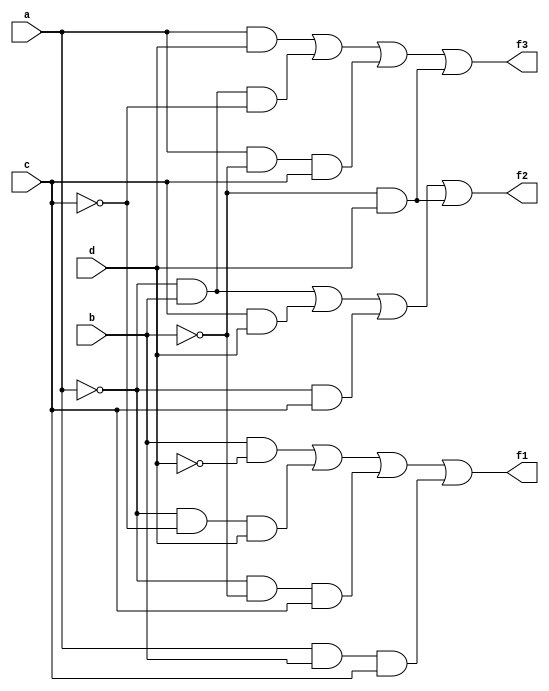
module pal(input a,b,c,d,output reg f1,f2,f3);
reg w1,w2,w3,w4,w5,w6,w7,w8,w9,w10,w11;
always@(*)
begin
w1=b&~d;
w2=~a&~c&d;
w3=~a&~b&c;
w4=a&b&c;
w5=~a&b;
w6=c&d;
w7=~a&c;
w8=~b&d;
w9=a&d;
w10=~a&b&~c;
w11=a&~b&c;
f1=w1|w2|w3|w4;
f2=w5|w6|w7|w8;
f3=w9|w10|w11|w8;
end
endmodule